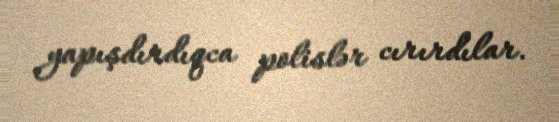
yapışdırdıqca polislər cırırdılar.